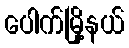
ပေါက်မြို့နယ်